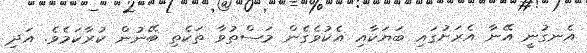
އެނގުނީ އޭނާ އެރަށުގައި ބަޔަކާއި އެކުވެގެން މަސްތުވާ ތަކެތި ބޭނުން ކުރާކަމެވެ. އަދި